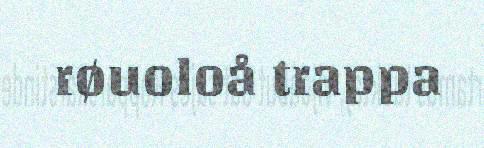
røuoloå trappa